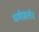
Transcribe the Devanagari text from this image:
धर्मप्रवर्तन